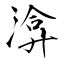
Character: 渰